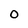
Character: 0